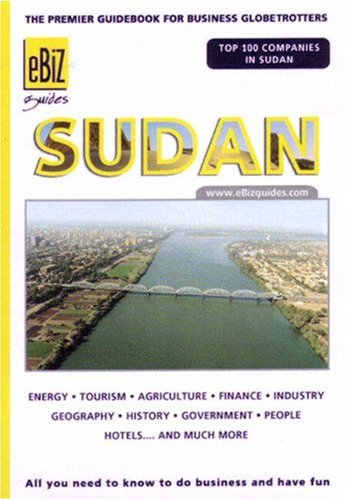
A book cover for Sudan (Ebiz Guides); Ebiz; Travel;